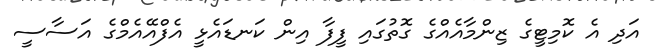
އަދި އެ ކޮމިޓީގެ ޒިންމާއެއްގެ ގޮތުގައި ފީފާ އިން ކަނޑައެޅީ އެފްއޭއެމްގެ އަސާސީ